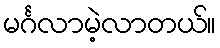
မင်္ဂလာမဲ့လာတယ်။